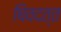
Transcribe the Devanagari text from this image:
षिवदत्त